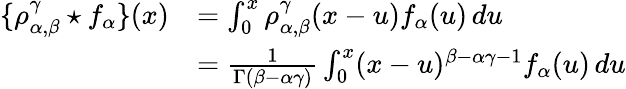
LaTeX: \begin{array}{rl}{\{ \rho_{\alpha,\beta}^{\gamma}\star f_{\alpha}\} (x)}&{=\int_{0}^{x}\rho_{\alpha,\beta}^{\gamma}(x-u)f_{\alpha}(u)\, du}\\ &{=\frac{1}{\Gamma(\beta-\alpha\gamma)}\int_{0}^{x}(x-u)^{\beta-\alpha\gamma-1}f_{\alpha}(u)\, du}\end{array}